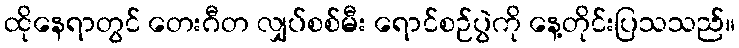
ထိုနေရာတွင် တေးဂီတ လျှပ်စစ်မီး ရောင်စဉ်ပွဲကို နေ့တိုင်းပြသသည်။